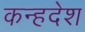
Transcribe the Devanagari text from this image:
कन्हदेश